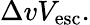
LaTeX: \Delta vV_{\mathrm{esc}}.